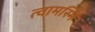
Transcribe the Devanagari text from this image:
त्वामस्मि